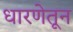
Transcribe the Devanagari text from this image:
धारणेतून